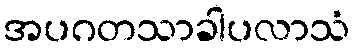
အပဂတသာခါပလာသံ